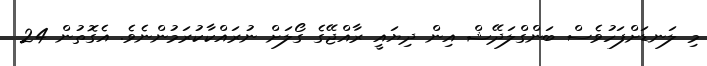
މި ލަނޑަށްފަހުވެސް ބަންގްލަދޭޝް އިން ދިޔައީ ރާއްޖޭގެ ގޯލަށް ނުރައްކާކުރަމުންނެވެ. އެގޮތުން 24